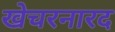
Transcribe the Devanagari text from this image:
खेचरनारद